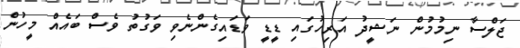
ޖަލްސާ ނިމުމުން ނަޝީދު އަރިހުގައި ޑީޑީ ވަޑައިގެންނެވި ވަގުތު ވެސް ބައެއް މީހުން